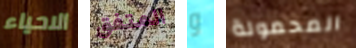
الاحياء المتفق و المحمولة